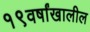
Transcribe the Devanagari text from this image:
१९वर्षांखालील